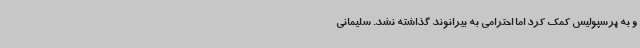
و به پرسپولیس کمک کرد اما احترامی به بیرانوند گذاشته نشد. سلیمانی